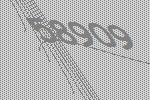
58909